Indian journal of veterinary science and animal husbandry - Volumes 26-27, 1956-1957
Year: 1956
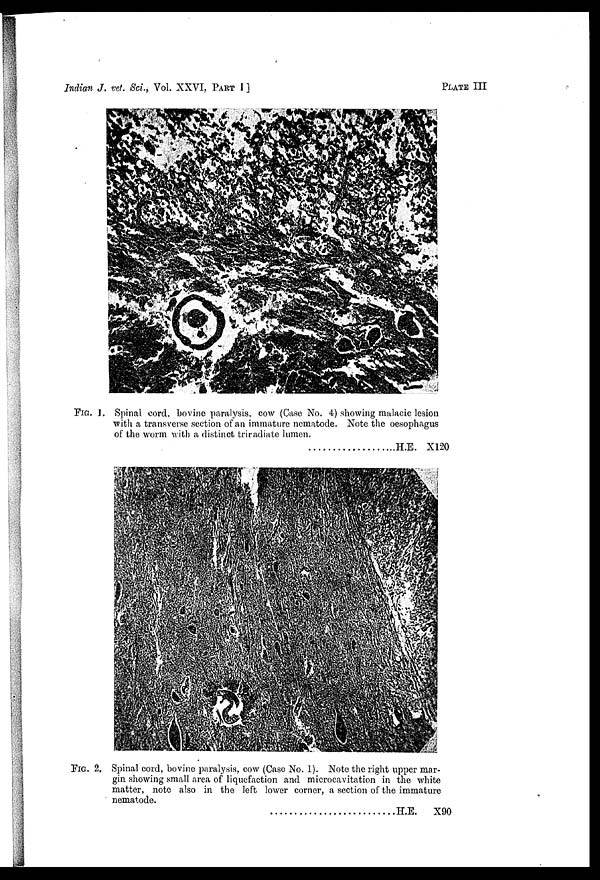
Indian J. vet. Sci., Vol. XXVI, PART I ]
PLATE
III
FIG. 1. Spinal cord, bovine paralysis, cow (Case No. 4) showing malacic lesion
with a transverse section of an immature nematode. Note the oesophagus
of the worm with a distinct triradiate lumen.
H.E. X120
FIG. 2. Spinal cord, bovine paralysis, cow (Case No. 1). Note the right upper mar-
gin showing small area of liquefaction and microcavitation in the white
matter, note also in the left lower corner, a section of the immature
nematode.
H.E.
X90